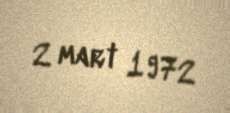
2 mart 1972